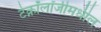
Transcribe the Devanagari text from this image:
टेक्नॉलॉजीमधील